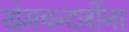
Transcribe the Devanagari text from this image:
खेमचन्दजींना